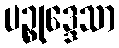
ပဉ္စုဒ္ဒေသာ